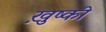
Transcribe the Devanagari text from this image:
ख़ुष्की